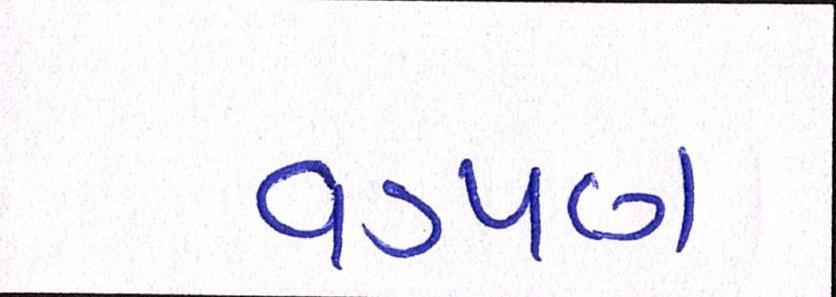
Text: વડપણ